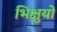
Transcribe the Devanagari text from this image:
भिक्षुयों